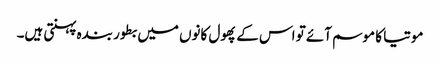
موتیا کا موسم آئے تو اس کے پھول کانوں میں بطور بندہ پہنتی ہیں۔